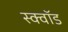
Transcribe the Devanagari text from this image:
स्क्वॉड